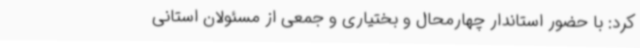
کرد: با حضور استاندار چهارمحال و بختیاری و جمعی از مسئولان استانی